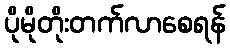
ပိုမိုတိုးတက်လာစေရန်